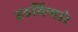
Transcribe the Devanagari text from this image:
उठविणारे